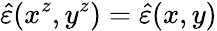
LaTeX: \hat{\varepsilon}(x^{z},y^{z})=\hat{\varepsilon}(x,y)